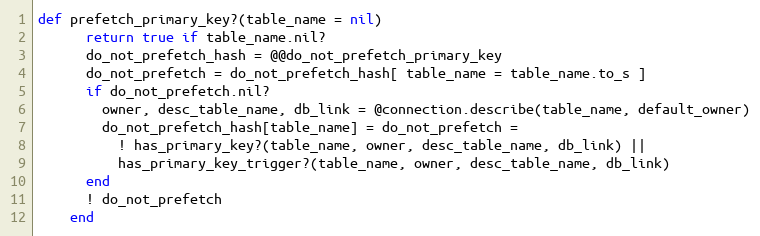
Language: Ruby
def prefetch_primary_key?(table_name = nil)
      return true if table_name.nil?
      do_not_prefetch_hash = @@do_not_prefetch_primary_key
      do_not_prefetch = do_not_prefetch_hash[ table_name = table_name.to_s ]
      if do_not_prefetch.nil?
        owner, desc_table_name, db_link = @connection.describe(table_name, default_owner)
        do_not_prefetch_hash[table_name] = do_not_prefetch =
          ! has_primary_key?(table_name, owner, desc_table_name, db_link) ||
          has_primary_key_trigger?(table_name, owner, desc_table_name, db_link)
      end
      ! do_not_prefetch
    end